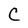
Character: C